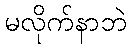
မလိုက်နာဘဲ